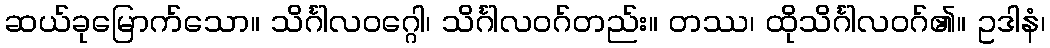
ဆယ်ခုမြောက်သော။ သိင်္ဂါလဝဂ္ဂေါ၊ သိင်္ဂါလဝဂ်တည်း။ တဿ၊ ထိုသိင်္ဂါလဝဂ်၏။ ဥဒါနံ၊